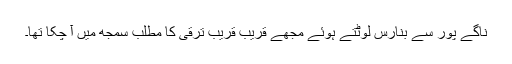
ناگے پور سے بنارس لوٹتے ہوئے مجھے قریب قریب ترقی کا مطلب سمجھ میں آ چکا تھا۔